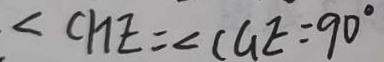
\angle C H E = \angle C G E = 9 0 ^ { \circ }